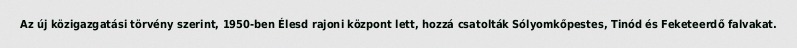
Az új közigazgatási törvény szerint, 1950-ben Élesd rajoni központ lett, hozzá csatolták Sólyomkőpestes, Tinód és Feketeerdő falvakat.